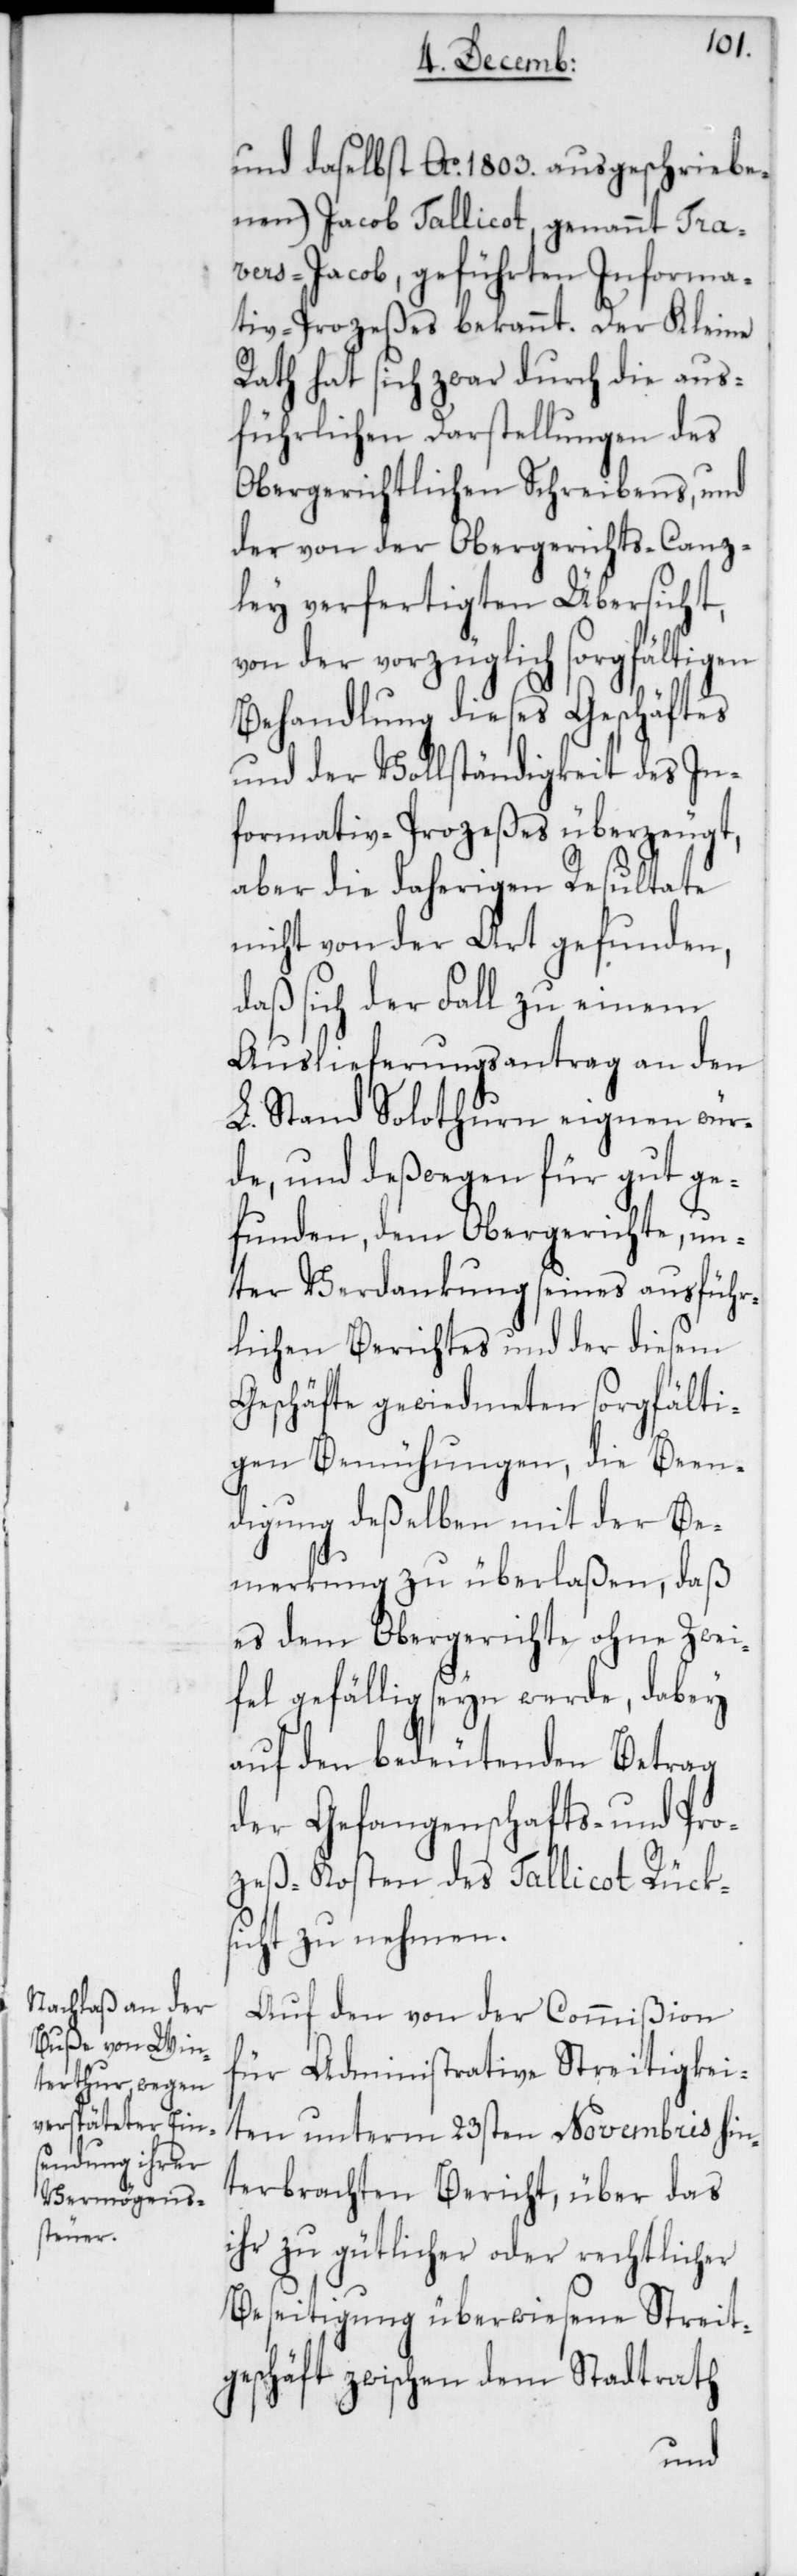
und daselbst Ao. 1803. ausgeschriebe¬
nen) Jacob Tallicot, genannt Tra¬
vers-Jacob, geführten Informa¬
tiv-Prozeßes bekannt. Der Kleine
Rath hat sich zwar durch die aus¬
führlichen Darstellungen des
Obergerichtlichen Schreibens, und
der von der Obergerichts-Canz¬
ley verfertigten Übersicht,
von der vorzüglich sorgfältigen
Behandlung dieses Geschäftes
und der Vollständigkeit des In¬
formativ-Prozeßes überzeugt,
aber die daherigen Resultate
nicht von der Art gefunden,
daß sich der Fall zu einem
Auslieferungsantrag an den
L. Stand Solothurn eignen wür¬
de, und deßwegen für gut ge¬
funden, dem Obergerichte, un¬
ter Verdankung seines ausführ¬
lichen Berichtes und der diesem
Geschäfte gewidmeten sorgfälti¬
gen Bemühungen, die Been¬
digung deßelben mit der Be¬
merkung zu überlaßen, daß
es dem Obergerichte ohne Zwei¬
fel gefällig seyn werde, dabey
auf den bedeutenden Betrag
der Gefangenschafts- und Pro¬
zeß-Kosten des Tallicot Rük¬
sicht zu nehmen.
Auf den von der Commißion
für Administrative Streitigkei¬
ten unterm 23sten Novembris hin¬
terbrachten Bericht, über das
ihr zu gütlicher oder rechtlicher
Beseitigung überwiesene Streit¬
geschäft zwischen dem Stadtrath